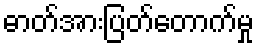
ဓာတ်အားပြတ်တောက်မှု